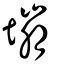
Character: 塴